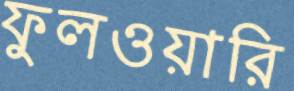
ফুলওয়ারি